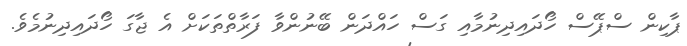
ޕާކިން ސްޕޭސް ހޯދައިދިނުމާއި ގަސް ހައްދަން ބޭނުންވާ ފަރާތްތަކަށް އެ ޖާގަ ހޯދައިދިނުމެވެ.